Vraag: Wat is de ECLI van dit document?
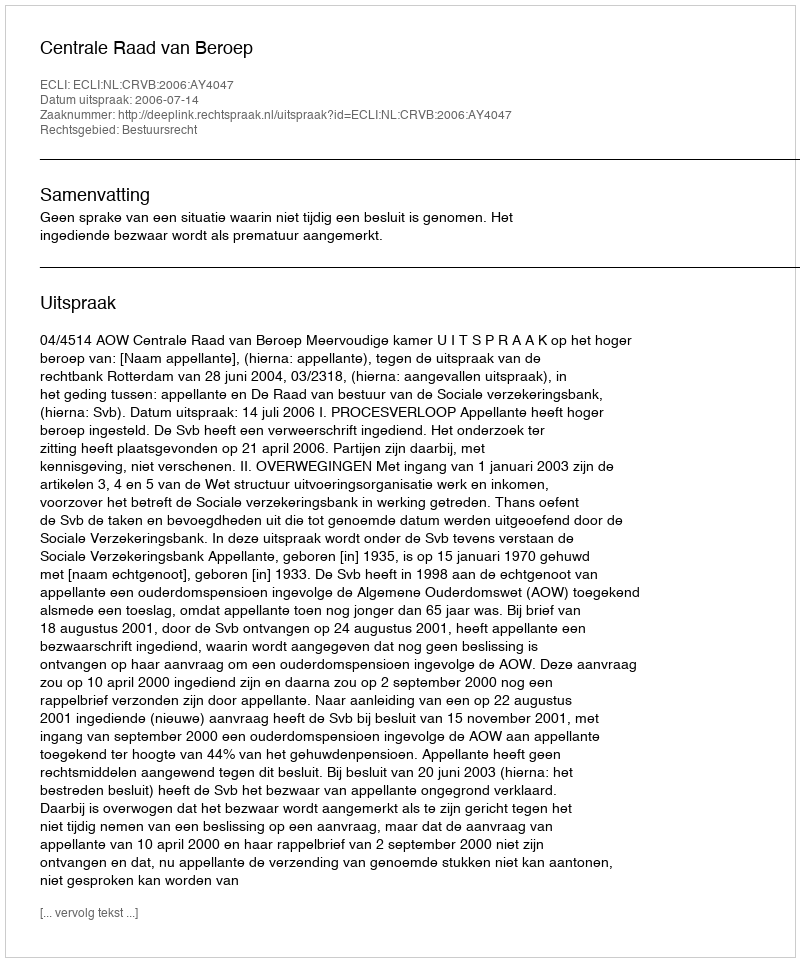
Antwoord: ECLI:NL:CRVB:2006:AY4047